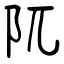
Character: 阢